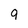
Character: 9